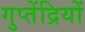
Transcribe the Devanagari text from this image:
गुप्तेंद्रियों